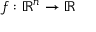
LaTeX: f : \mathbb { R } ^ { n } \rightarrow \mathbb { R }